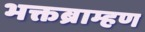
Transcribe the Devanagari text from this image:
भक्तब्राम्हण